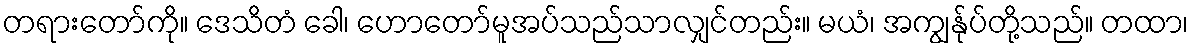
တရားတော်ကို။ ဒေသိတံ ခေါ၊ ဟောတော်မူအပ်သည်သာလျှင်တည်း။ မယံ၊ အကျွန်ုပ်တို့သည်။ တထာ၊